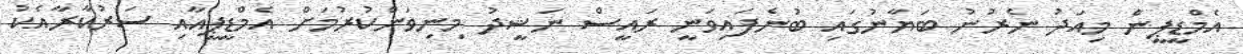
އެމްޑީޕީން މިއަދު ނެރުނު ބަޔާނުގައި ބުނެފައިވަނީ ރައީސް ނަޝީދު މިނިވަންކުރުމަށް އެމްޑީޕީއާއި ސަރުކާރާއެކު